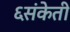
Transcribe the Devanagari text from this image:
६संकेती